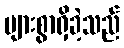
များစွာရှိခဲ့သည်